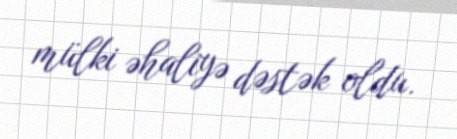
mülki əhaliyə dəstək oldu.